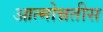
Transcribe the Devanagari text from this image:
आत्मोन्नतीस